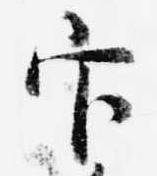
官